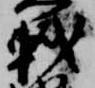
軾